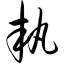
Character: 执